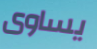
يساوى